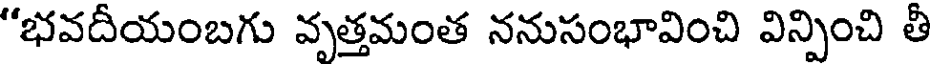
"భవదీయంబగు వృత్తమంత ననుసంభావించి విన్పించి తీ